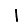
Digit: 1